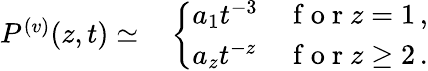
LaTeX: \begin{array}{rl}{P^{(v)}({z},{t})\simeq}&{{}\left\{ \begin{array}{ll}{a_{1}t^{-3}}&{\mathrm{~f~o~r~}z=1\, ,}\\ {a_{z}t^{-z}}&{\mathrm{~f~o~r~}z\ge 2\, .}\end{array}\right.}\end{array}